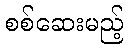
စစ်ဆေးမည့်